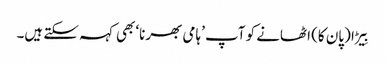
بِیڑا (پان کا) اٹھانے کو آپ ’ہامی بھرنا‘ بھی کہہ سکتے ہیں۔